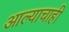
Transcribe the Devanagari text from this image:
आल्याचाही